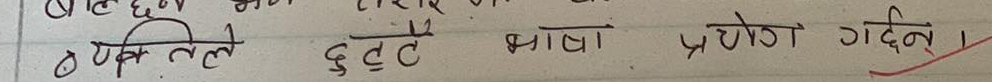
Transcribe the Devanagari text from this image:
व्यक्तिले त्रुटि भाषा प्रयोग गर्दैन।